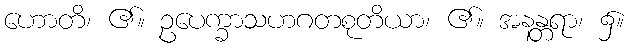
ဟောတိ၊ ၏။ ဥပေက္ခာသဟဂတစုတိယာ၊ ၏။ အနန္တရာ၊ ၌။